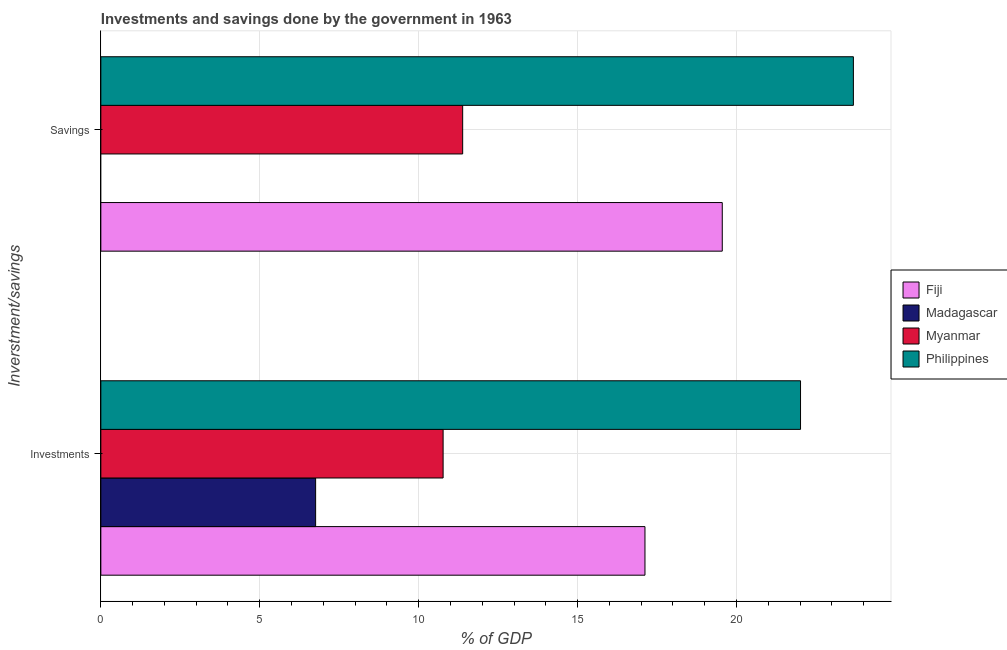
| Inverstment/savings | Fiji | Madagascar | Myanmar | Philippines |
 | --- | --- | --- | --- | --- |
 | Investments | 17.1 | 6.76 | 10.8 | 22 |
 | Savings | 19.6 | -0.388 | 11.4 | 23.7 |